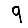
Digit: 9